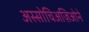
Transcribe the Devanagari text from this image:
अस्सोचिअज़िओने